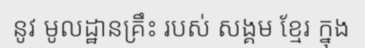
នូវ មូលដ្ឋានគ្រឹះ របស់ សង្គម ខ្មែរ ក្នុង